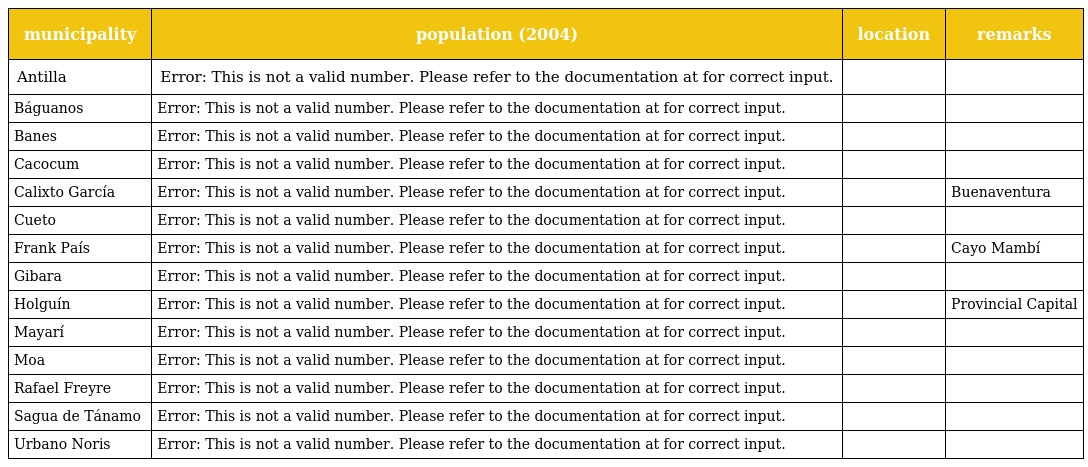
| municipality | population (2004) | location | remarks |
 | --- | --- | --- | --- |
 | Antilla | Error: This is not a valid number. Please refer to the documentation at for correct input. |  |  |
 | Báguanos | Error: This is not a valid number. Please refer to the documentation at for correct input. |  |  |
 | Banes | Error: This is not a valid number. Please refer to the documentation at for correct input. |  |  |
 | Cacocum | Error: This is not a valid number. Please refer to the documentation at for correct input. |  |  |
 | Calixto García | Error: This is not a valid number. Please refer to the documentation at for correct input. |  | Buenaventura |
 | Cueto | Error: This is not a valid number. Please refer to the documentation at for correct input. |  |  |
 | Frank País | Error: This is not a valid number. Please refer to the documentation at for correct input. |  | Cayo Mambí |
 | Gibara | Error: This is not a valid number. Please refer to the documentation at for correct input. |  |  |
 | Holguín | Error: This is not a valid number. Please refer to the documentation at for correct input. |  | Provincial Capital |
 | Mayarí | Error: This is not a valid number. Please refer to the documentation at for correct input. |  |  |
 | Moa | Error: This is not a valid number. Please refer to the documentation at for correct input. |  |  |
 | Rafael Freyre | Error: This is not a valid number. Please refer to the documentation at for correct input. |  |  |
 | Sagua de Tánamo | Error: This is not a valid number. Please refer to the documentation at for correct input. |  |  |
 | Urbano Noris | Error: This is not a valid number. Please refer to the documentation at for correct input. |  |  |